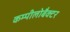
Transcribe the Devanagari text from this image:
कम्पीलोबैक्टर